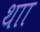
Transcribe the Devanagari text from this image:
थाा